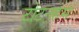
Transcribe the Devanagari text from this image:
टोटनहम